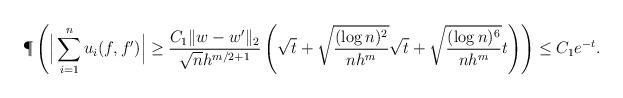
LaTeX: \begin{align*} \P\left( \Big| \sum_{i=1}^n u_i(f,f') \Big| \geq \frac{C_1 \|w-w'\|_2}{\sqrt n h^{m/2+1}} \left( \sqrt{t} + \sqrt{\frac{(\log n)^2}{n h^m}} \sqrt t + \sqrt{\frac{(\log n)^6}{n h^m}} t \right) \right) &\leq C_1 e^{-t}. \end{align*}